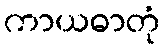
ကာယဓာတုံ